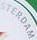
TERDAM